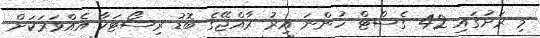
މި ރަށުގައި 42 ގެސްޓް ހުންނަ އިރު ރާއްޖޭގެ ބޮޑު ރިސޯޓަކާ އެއްވަރަކަށް